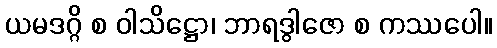
ယမဒဂ္ဂိ စ ဝါသိဋ္ဌော၊ ဘာရဒွါဇော စ ကဿပေါ။